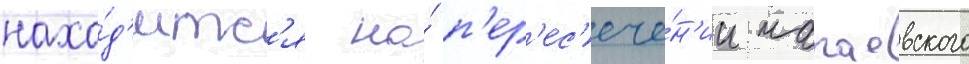
нахо́д'итс'я на́ п'ер'ес'ече́н'ии чапаевского